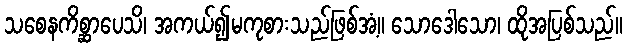
သစေနကိစ္ဆာပေသိ၊ အကယ်၍မကုစားသည်ဖြစ်အံ့။ သောဒေါသော၊ ထိုအပြစ်သည်။